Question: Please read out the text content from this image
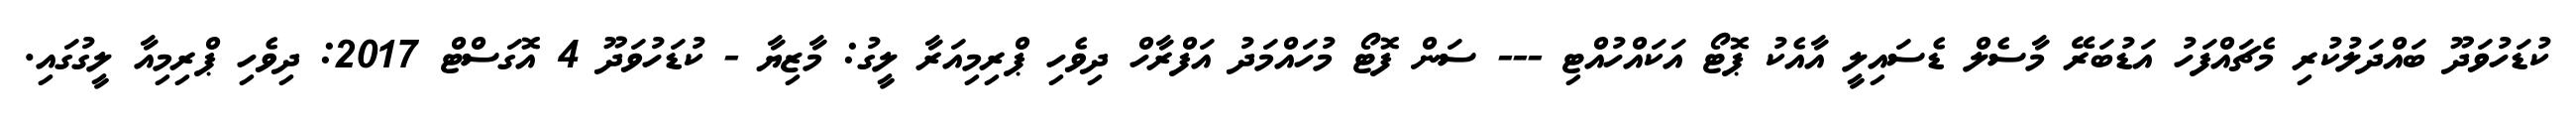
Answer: ކުޑަހުވަދޫ ބައްދަލުކުރި މެޗައްފަހު އަޑުބަރޭ މާސެލް ޑެސައިލީ އާއެކު ޕޮޓޯ އަކައްހުއްޓި --- ސަން ފޮޓޯ މުހައްމަދު އަފްރާހް ދިވެހި ޕްރިމިއަރާ ލީގު: މާޒިޔާ - ކުޑަހުވަދޫ 4 އޮގަސްޓް 2017: ދިވެހި ޕްރިމިއާ ލީގުގައި.